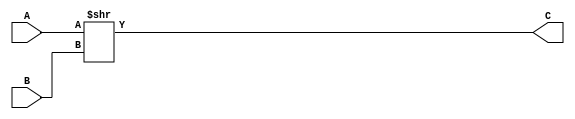
module shr(A, B, C);
input [31:0] A, B;
output [31:0] C;
always @ (A, B) begin
    C = A >> B;
    end
endmodule